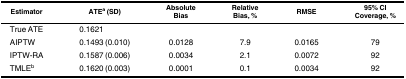
<table><thead><tr><td><b>Estimator</b></td><td><b>ATE<sup>a</sup> (SD)</b></td><td><b>AbsoluteBias</b></td><td><b>RelativeBias, %</b></td><td><b>RMSE</b></td><td><b>95% CICoverage, %</b></td></tr></thead><tbody><tr><td>True ATE</td><td>0.1621</td><td></td><td></td><td></td><td></td></tr><tr><td>AIPTW</td><td>0.1493 (0.010)</td><td>0.0128</td><td>7.9</td><td>0.0165</td><td>79</td></tr><tr><td>IPTW-RA</td><td>0.1587 (0.006)</td><td>0.0034</td><td>2.1</td><td>0.0072</td><td>92</td></tr><tr><td>TMLE<sup>b</sup></td><td>0.1620 (0.003)</td><td>0.0001</td><td>0.1</td><td>0.0034</td><td>92</td></tr></tbody></table>